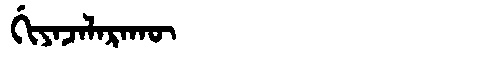
Manchu: ᡤᡳᠶᠠᠵᠠᠯᠠᡵᠠᡴᡡ
Romanization: GIYAJALARAKŪ